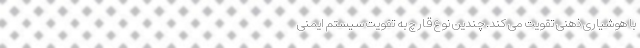
با هوشیاری ذهنی تقویت می کند. چندین نوع قارچ به تقویت سیستم ایمنی